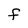
Character: F